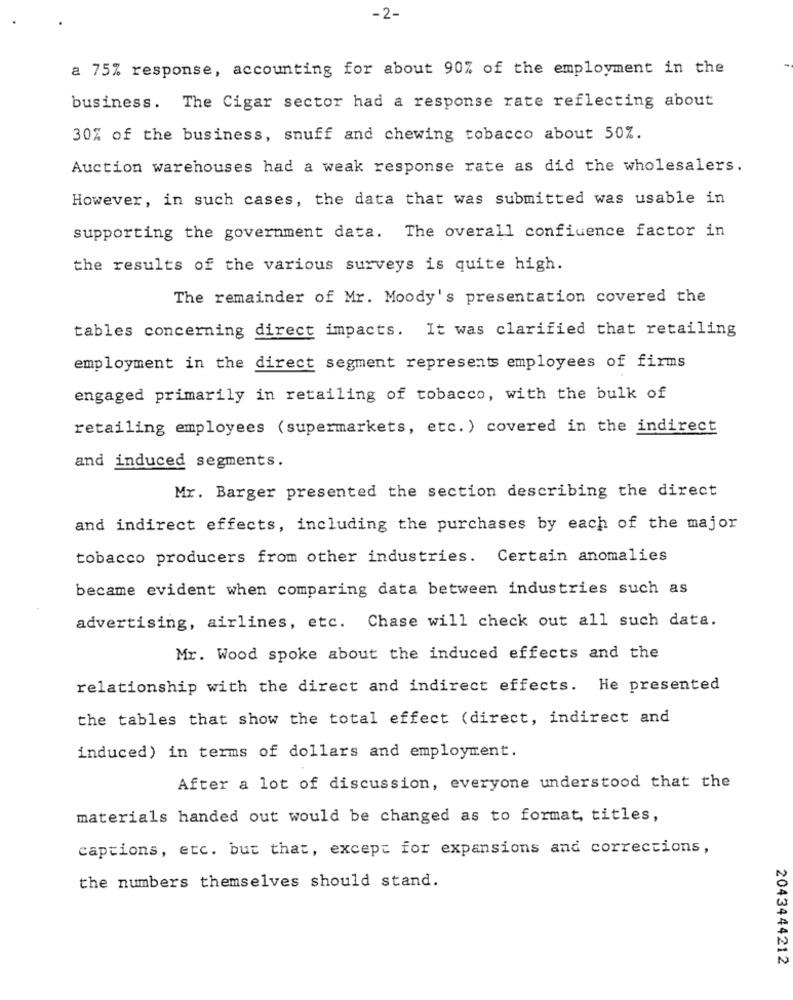
-2-
a 75% response, accounting for about 90% of the employment in the
business. The Cigar sector had a response rate reflecting about
30% of the business, snuff and chewing tobacco about 50%.
Auction warehouses had a weak response rate as did the wholesalers.
However, in such cases, the data that was submitted was usable in
supporting the government data. The overall confiuence factor in
the results of the various surveys is quite high.
The remainder of Mr. Moody's presentation covered the
tables concerning direct impacts. It was clarified that retailing
employment in the direct segment represents employees of firms
engaged primarily in retailing of tobacco, with the bulk of
retailing employees (supermarkets, etc. ) covered in the indirect
and induced segments.
Mr. Barger presented the section describing the direct
and indirect effects, including the purchases by each of the major
tobacco producers from other industries. Certain anomalies
became evident when comparing data between industries such as
advertising, airlines, etc. Chase will check out all such data.
Mr. Wood spoke about the induced effects and the
relationship with the direct and indirect effects. He presented
the tables that show the total effect (direct, indirect and
induced) in terms of dollars and employment.
After a lot of discussion, everyone understood that the
materials handed out would be changed as to format, titles,
captions, etc. but that, except for expansions and corrections,
the numbers themselves should stand.
2043444212